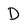
Character: D